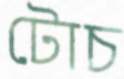
টোচ